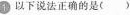
1 以下说法正确的是( )